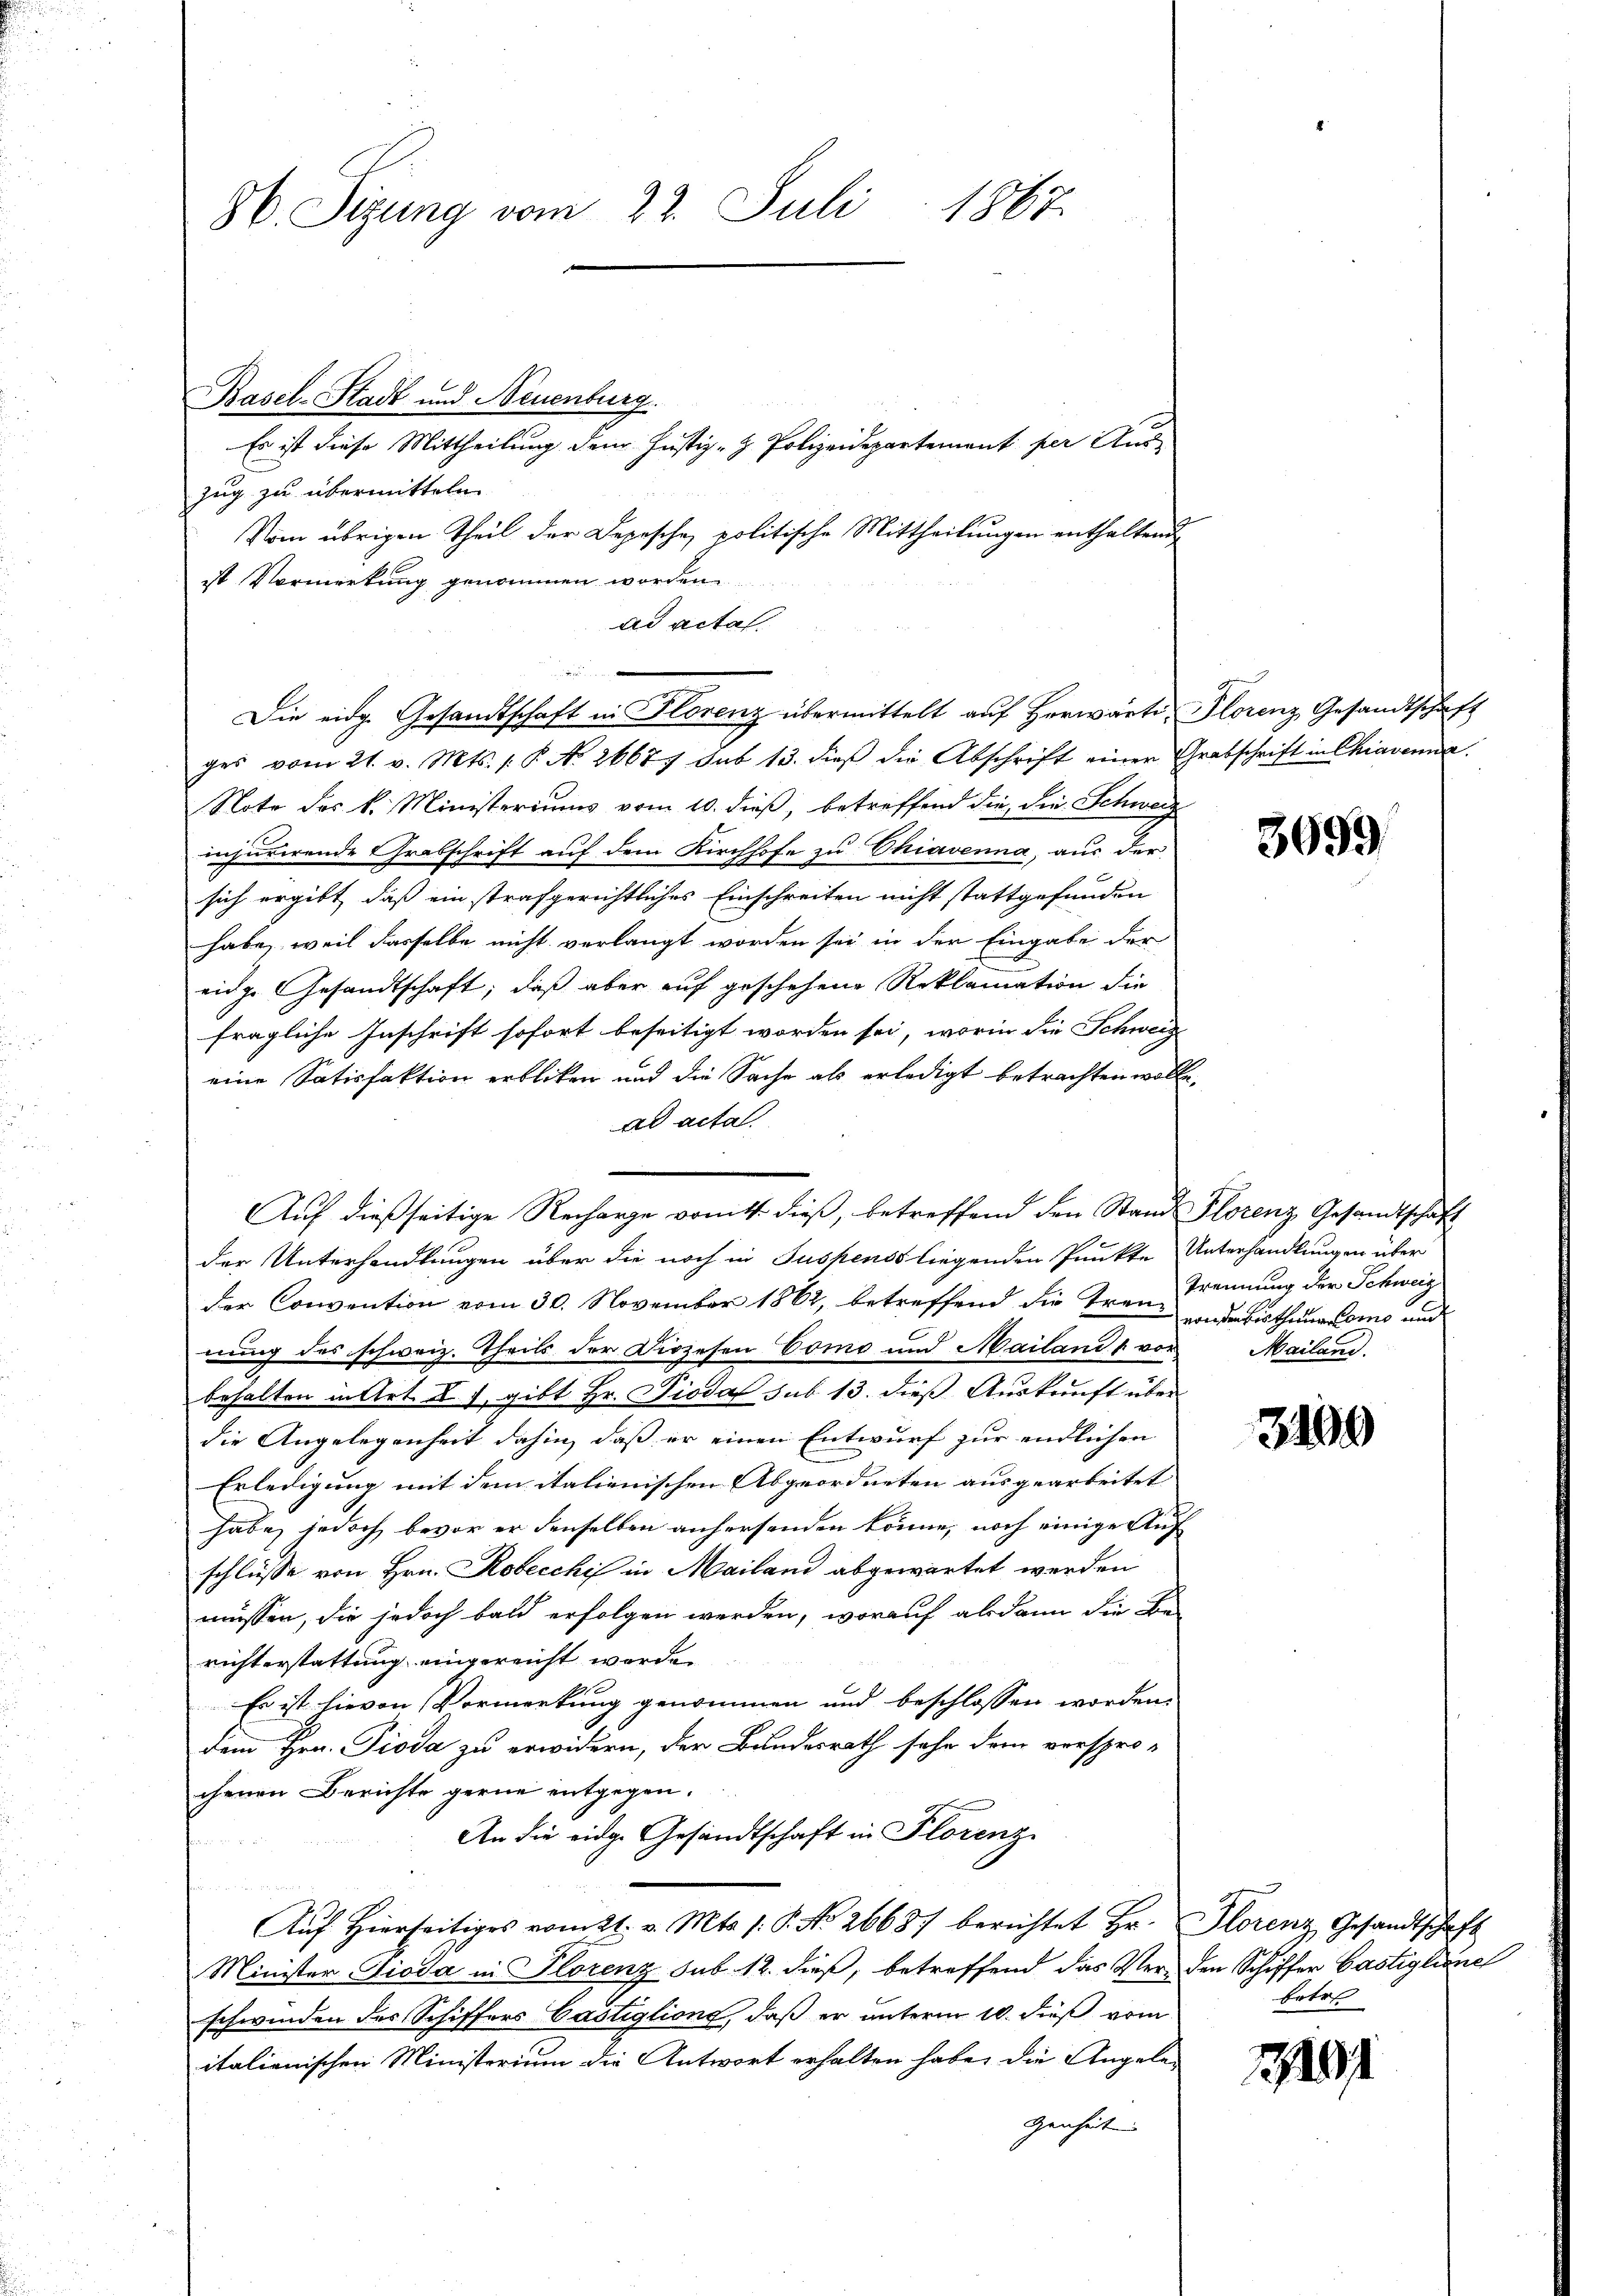
8. Sizung vom 22. Juli 1867.

Es ist diese Mittheilung dem Justiz- & Polizeidepartement per Aus
zug zu übermitteln
Vom übrigen Theil der Depesche politische Mittheilungen enthaltende
ist Vormerkung genommen worden
ad acta.
Die eidg. Gesandtschaft in Florenz übermittelt auf herwärte, Florenz, Gesandtschaft
ges vom 21. v. Mts. 1. P. No. 2662 sub 13. dieβ die Abschrift einer Grabschrift in Chiavenia
Note des k. Ministeriums vom 10. dieß, betreffend die die Schweiz
injurirende Grabschrift auf dem Kirchhofe zu Chiavenna, aus der
sich ergibt, daß ein strafgerichtliches Einschreiten nicht stattgefunden
habe, weil dasselbe nicht verlangt worden sei in der Eingabe der
eige Gesandtschaft; daß aber auf geschehene Reklamation die
fragliche Inschrift sofort beseitigt worden sei, worin die Schweize
eine Satisfaktion erblicken und die Sache als erledigt betrachten wolle,
ad acta
Auf dießseitige Recharge vom 4. dieß, betreffend den Stand Florenz Gesandtschaft
der Unterhandlungen über die noch in Suspenso liegenden Punkte Unterhandlungen über
der Convention vom 30. November 1862, betreffend die Inen Trennung der Schweiz
nung des schweiz. Theils der Diözesen Como und Mailand & vor
behalten in Art. I. 1, gibt Hr. Piodaf sub 13. dieß Auskunft über
die Angelegenheit dahin, daß er einen Entwurf zur endlichen
Erledigung mit dem italienischen Abgeordneten ausgearbeitet
habe, jedoch bevor er denselben anhersenden könne, noch einige Auf
schlüsse von Hrn. Robecchi in Mailand abgewartet werden
müssen, die jedoch bald erfolgen werden, worauf abdann die Be-
richterstattung eingereicht worden
Es ist hievon Vormerkung genommen und beschlossen worden.
dem Hrn. Pioda zu erwidern, der Bundesrath sehr dem verspro-
chenen Berichte gerne entgegen.
An die eidge Gesandtschaft in Florenz

Aŭf Hierseitiges vom 21. v. Mts. 1. P. No 26687 berichtet Hr. Florenz Gesandtschaft
Minister Pioda in Plorenz sub. 12. dieß, betreffend das Ver- den Schiffer Castiglionel
schwinden der Schiffers Castiglione, daß er unterm 10. dieß vom
italienischen Ministerium die Antwort erhalten habe, die Angelegenheiten

Pasel-Stadt und Neuenburg.

3699

von den biethene Como und
Mailand.

3499

betre

191